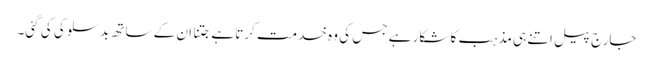
جارج پیل اتنے ہی مذہب کا شکار ہے جس کی وہ خدمت کرتا ہے جتنا ان کے ساتھ بد سلوکی کی گئی۔